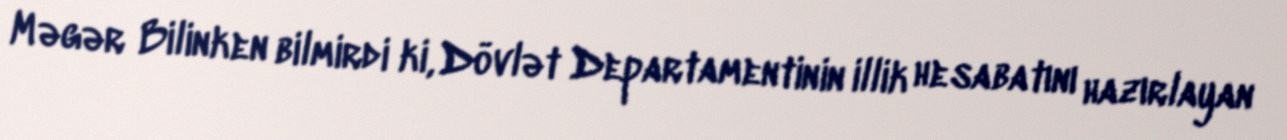
Məgər Bilinken bilmirdi ki, Dövlət Departamentinin illik hesabatını hazırlayan